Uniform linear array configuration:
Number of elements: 48
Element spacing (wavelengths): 0.25
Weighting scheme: hamming
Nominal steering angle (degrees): -15
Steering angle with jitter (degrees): -16.338
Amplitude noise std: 0.05
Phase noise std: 0.05

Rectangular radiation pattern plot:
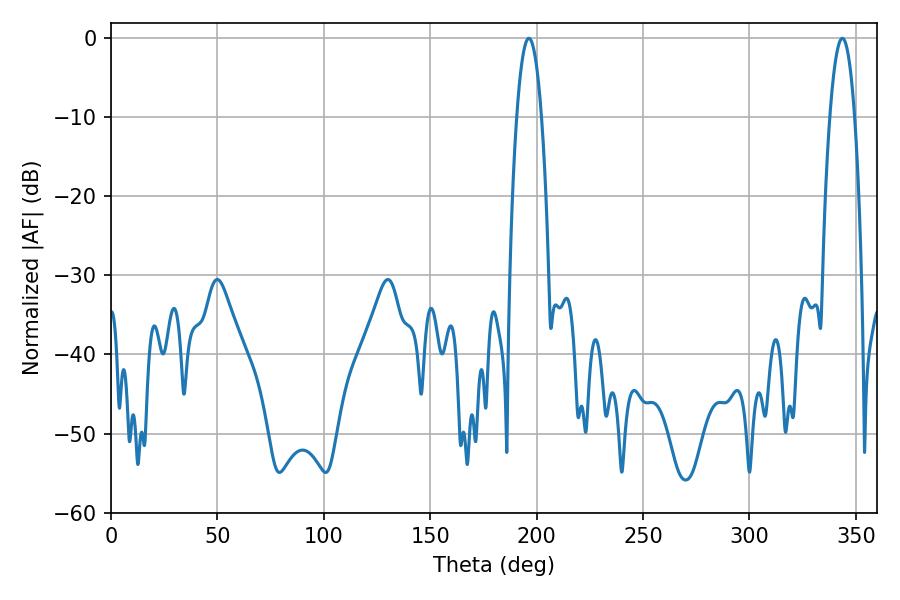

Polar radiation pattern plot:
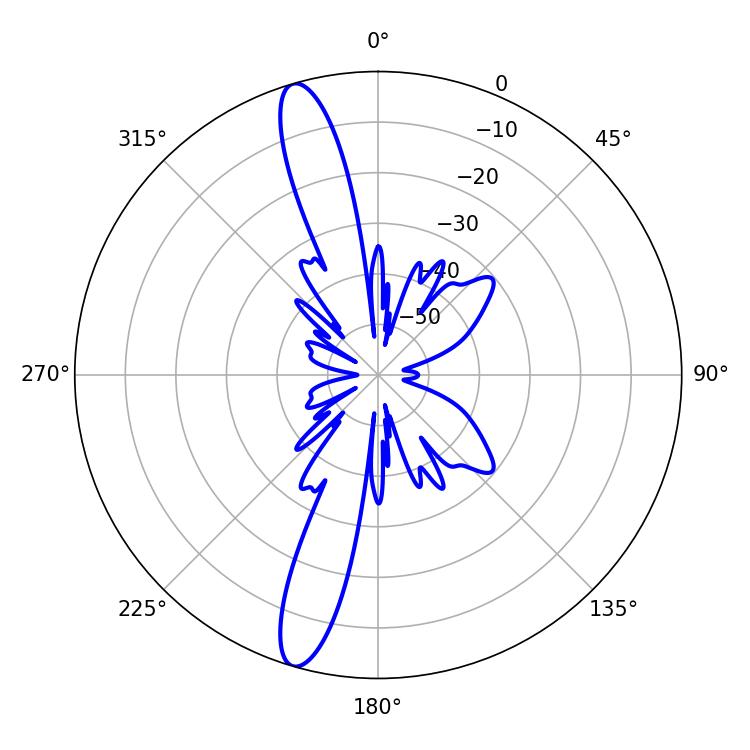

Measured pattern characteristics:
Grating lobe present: FALSE
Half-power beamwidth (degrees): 6.48
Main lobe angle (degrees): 196.38